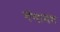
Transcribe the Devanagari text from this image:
गंगानंद